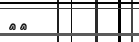
٣٧